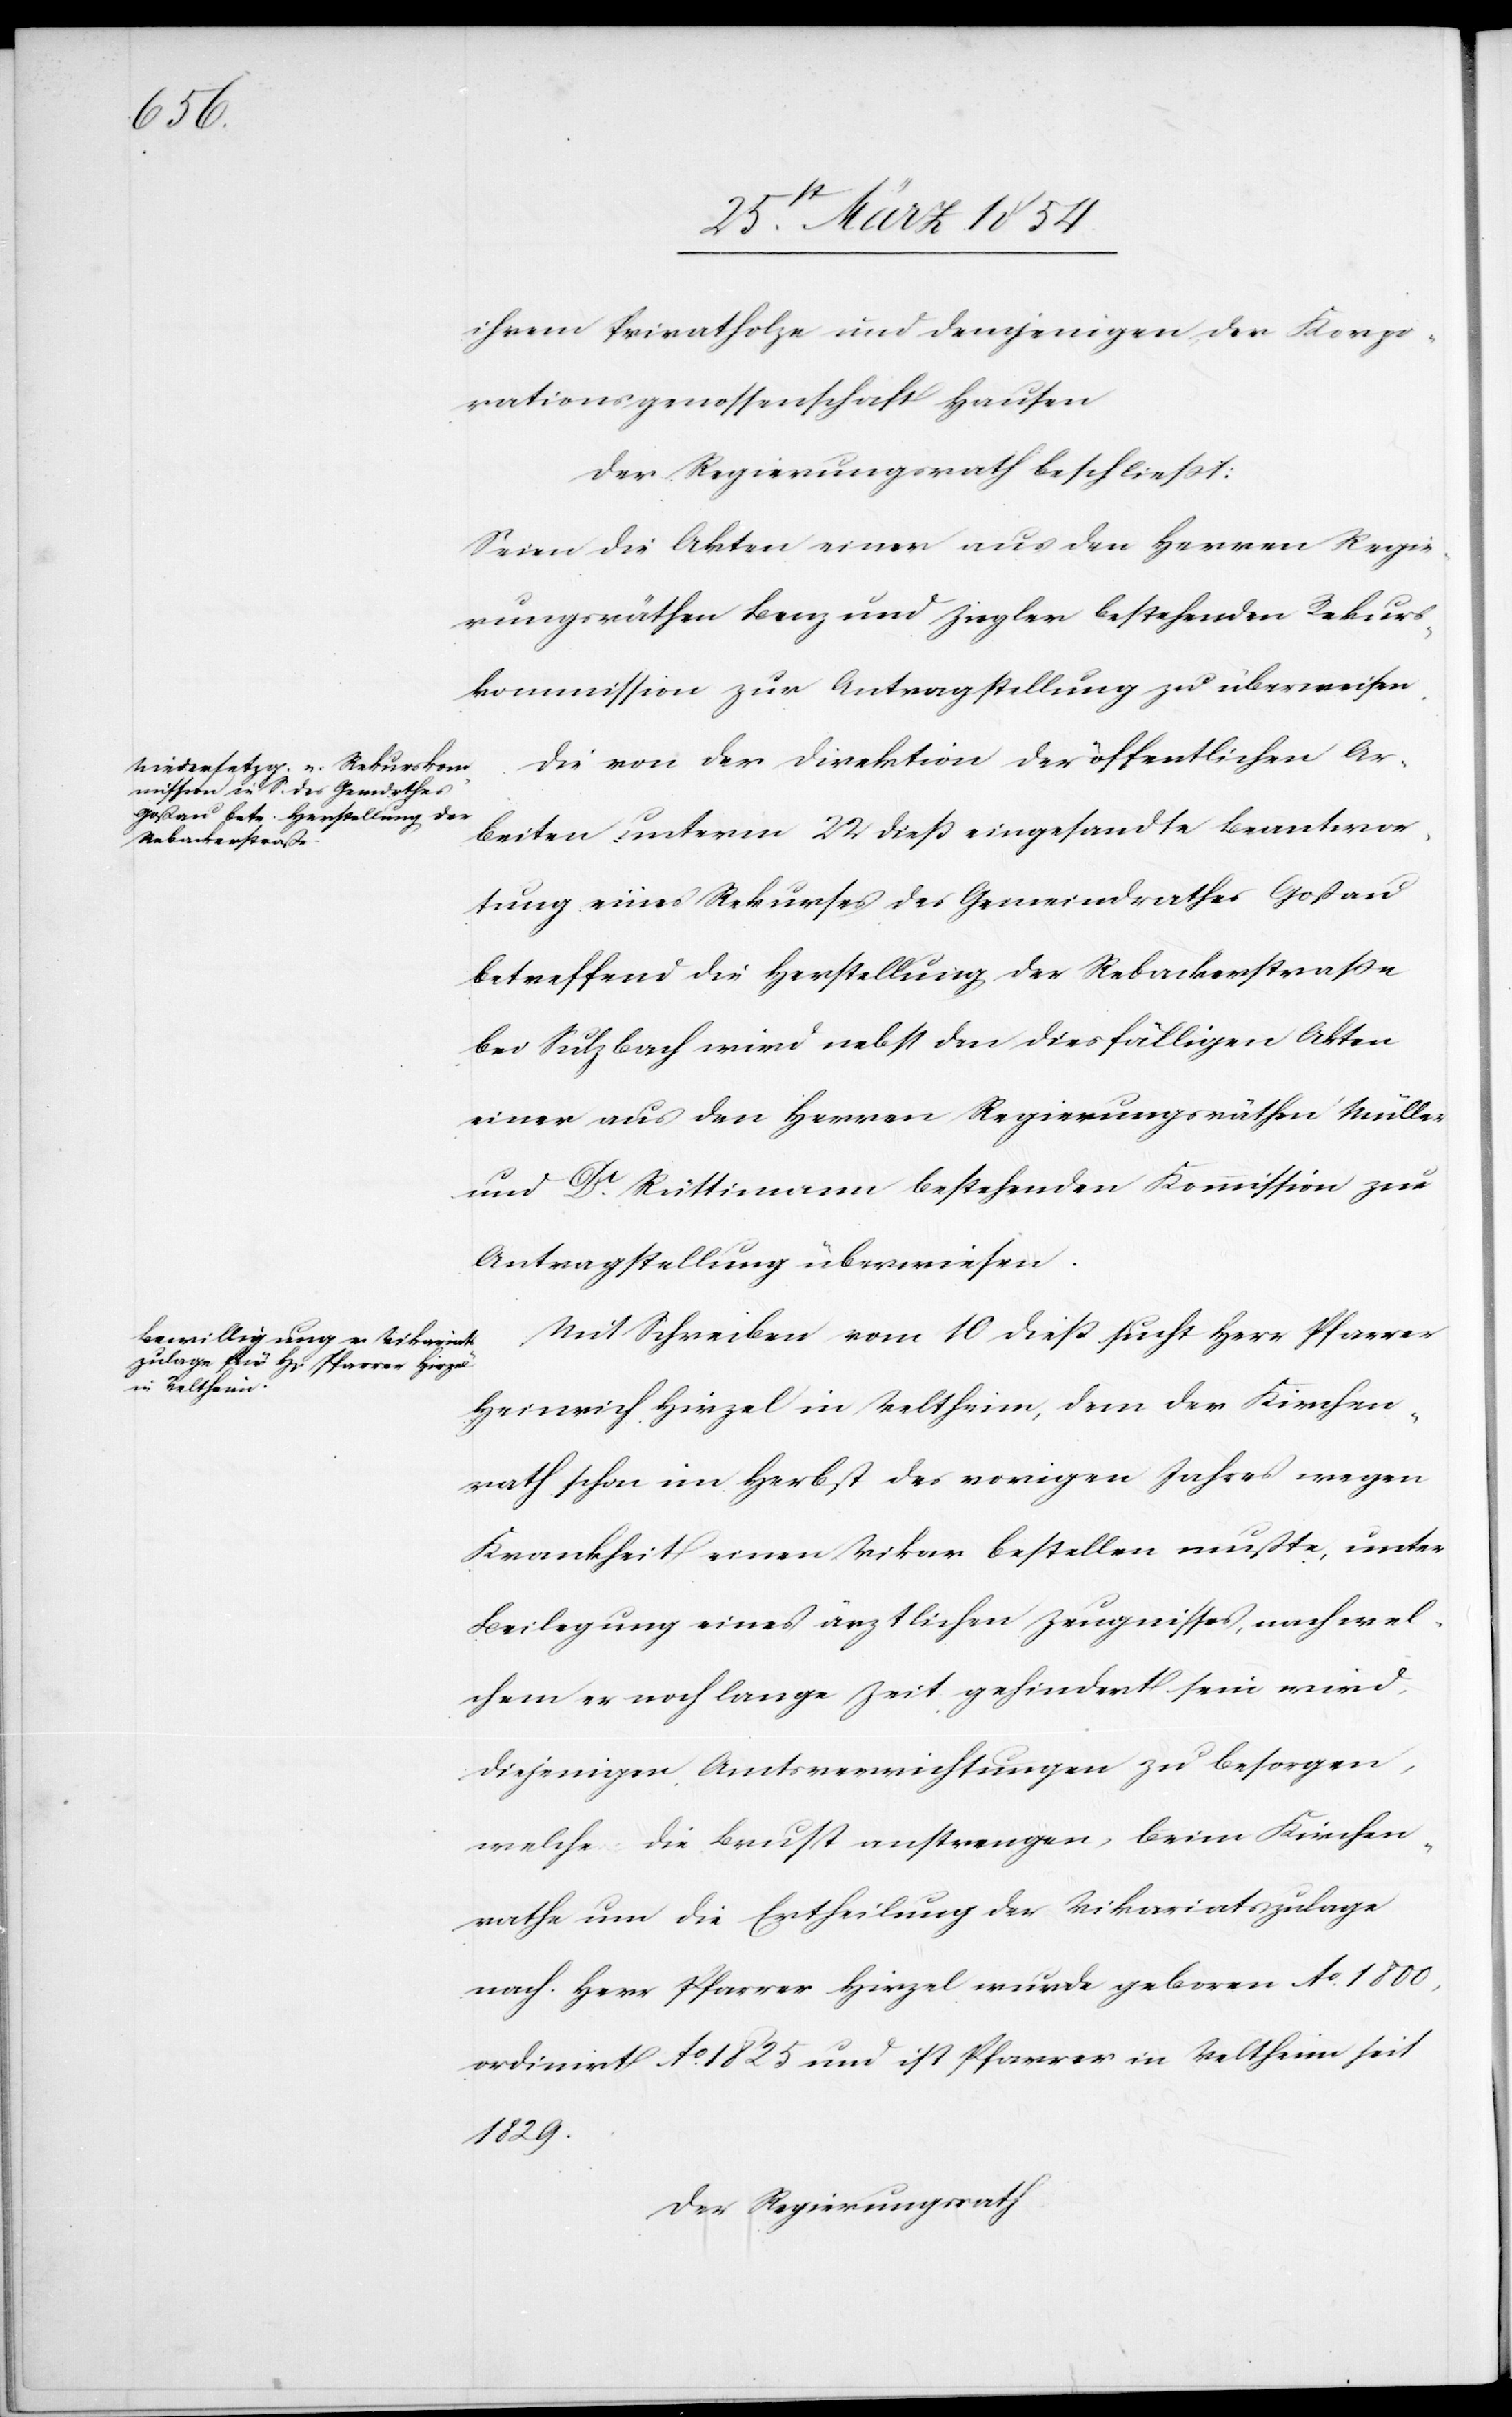
ihrem Privatholze und demjenigen der Korpo¬
rationsgenossenschaft Hausen.
Der Regierungsrath beschließt:
Seien die Akten einer aus den Herren Regie¬
rungsräthen Benz und Ziegler bestehenden Rekurs¬
kommission zur Antragstellung zu überweisen.
Die von der Direktion der öffentlichen Ar¬
beiten unterm 22 dieß eingesandte Beantwor¬
tung eines Rekurses des Gemeindrathes Goßau
betreffend die Herstellung der Rebackerstraße
bei Sulzbach wird nebst den diesfälligen Akten
einer aus den Herren Regierungsräthen Müller
und Dr Rüttimann bestehenden Kommission zur
Antragstellung überwiesen.
Mit Schreiben vom 10 dieß sucht Herr Pfarrer
Heinrich Hirzel in Veltheim, dem der Kirchen¬
rath schon im Herbst des vorigen Jahres wegen
Krankheit einen Vikar bestellen mußte, unter
Beilegung eines ärztlichen Zeugnisses, nach wel¬
chem er noch lange Zeit gehindert sein wird,
diejenigen Amtsverrichtungen zu besorgen,
welche die Brust anstrengen, beim Kirchen¬
rathe um die Ertheilung der Vikariatszulage
nach. Herr Pfarrer Hirzel wurde geboren Ao 1800,
ordinirt Ao 1825 und ist Pfarrer in Veltheim seit
1829.
Der Regierungsrath